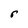
Character: r